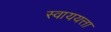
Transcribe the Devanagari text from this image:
स्वाययत्ता